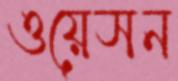
ওয়েসন